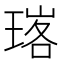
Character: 𭹧